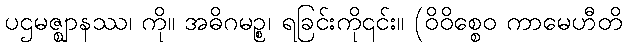
ပဌမဇ္ဈာနဿ၊ ကို။ အဓိဂမဉ္စ၊ ရခြင်းကို၎င်း။ (ဝိဝိစ္စေဝ ကာမေဟီတိ